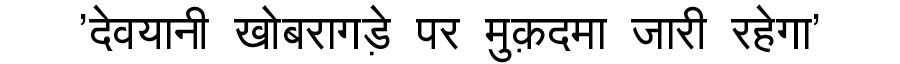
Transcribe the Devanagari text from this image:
'देवयानी खोबरागड़े पर मुक़दमा जारी रहेगा'